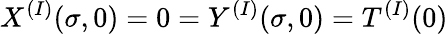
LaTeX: X^{(I)}(\sigma,0)=0=Y^{(I)}(\sigma,0)=T^{(I)}(0)